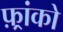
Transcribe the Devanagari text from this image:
फ़्रांको